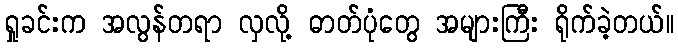
ရှုခင်းက အလွန်တရာ လှလို့ ဓာတ်ပုံတွေ အများကြီး ရိုက်ခဲ့တယ်။